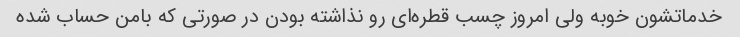
خدماتشون خوبه ولی امروز چسب قطره‌ای رو نذاشته بودن در صورتی که بامن حساب شده